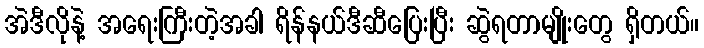
အဲဒီလိုနဲ့ အရေးကြီးတဲ့အခါ ရိန်နယ်ဒီဆီပြေးပြီး ဆွဲရတာမျိုးတွေ ရှိတယ်။